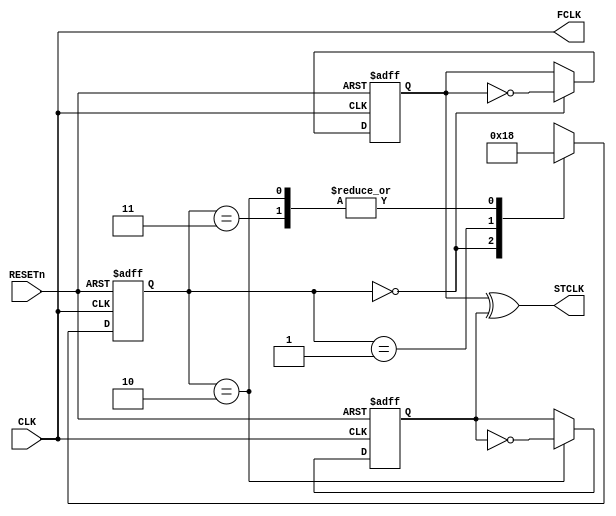
//-----------------------------------------------------------------------------
// The confidential and proprietary information contained in this file may
// only be used by a person authorised under and to the extent permitted
// by a subsisting licensing agreement from ARM Limited.
//
//            (C) COPYRIGHT 2008-2009 ARM Limited.
//                ALL RIGHTS RESERVED
//
// This entire notice must be reproduced on all copies of this file
// and copies of this file may only be made by a person if such person is
// permitted to do so under the terms of a subsisting license agreement
// from ARM Limited.
//
//      SVN Information
//
//      Checked In          : $Date: 2008-12-08 12:21:19 +0000 (Mon, 08 Dec 2008) $
//
//      Revision            : $Revision: 96209 $
//
//      Release Information : Cortex-M0-AT510-r0p0-01rel0
//-----------------------------------------------------------------------------

//-----------------------------------------------------------------------------
//     Clock Generator
//-----------------------------------------------------------------------------
//
// This block generates FCLK and STCLK
// STCLK has 1/3 of FCLK frequency and has 50% duty cycle
//-----------------------------------------------------------------------------

module cm0ik_clk_gen
  (input  wire  CLK,       // primary clock 
   input  wire  RESETn,    // reset
   output wire  FCLK,      // free-running clock  
   output wire  STCLK);    // systick clock  
   
  reg [1:0] count;
  reg [1:0] nxt_count;
  reg div1, div2;

//-----------------------------------------------------------------------------
// FCLK generation
//-----------------------------------------------------------------------------

  assign FCLK = CLK;
  
//-----------------------------------------------------------------------------
// STCLK generation: CLK divided by 3
//-----------------------------------------------------------------------------

  always @ (count)
  begin
    case (count)
    2'b00   : nxt_count = 2'b01;
    2'b01   : nxt_count = 2'b10;
    2'b10,2'b11 : nxt_count = 2'b00;
    default: nxt_count = {2{1'bx}};
    endcase
  end
  
  always @ (posedge CLK or negedge RESETn)
    if (~RESETn)
        count <= {2{1'b0}};
    else
        count <= nxt_count;

  always @ (posedge CLK or negedge RESETn) 
    if (~RESETn)
        div1 <= 1'b0;
    else if (count == 2'b00)
        div1 <= ~div1;

  // div2 triggered on negative edge of CLK
  always @ (negedge CLK or negedge RESETn)
    if (~RESETn)
        div2 <= 1'b0;
    else if (count == 2'b10)
        div2 <= ~div2;

  assign STCLK = div1 ^ div2;
  
endmodule